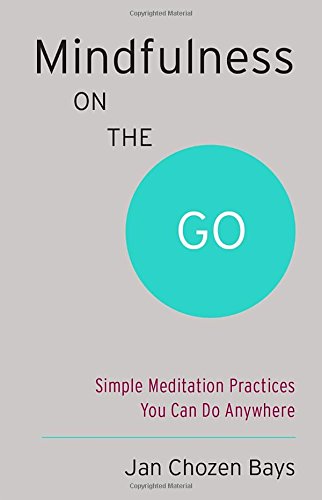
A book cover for Mindfulness on the Go (Shambhala Pocket Classic): Simple Meditation Practices You Can Do Anywhere; Jan Chozen Bays; Religion & Spirituality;